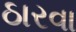
ઠારવા